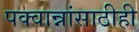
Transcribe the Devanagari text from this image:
पक्वान्नांसाठीही